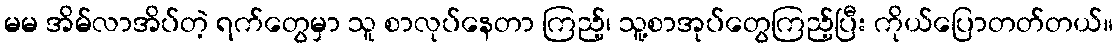
မမ အိမ်လာအိပ်တဲ့ ရက်တွေမှာ သူ စာလုပ်နေတာ ကြည့်၊ သူ့စာအုပ်တွေကြည့်ပြီး ကိုယ်ပြောတတ်တယ်။